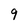
Character: 9